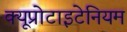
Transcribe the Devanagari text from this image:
क्यूप्रोटाइटेनियम